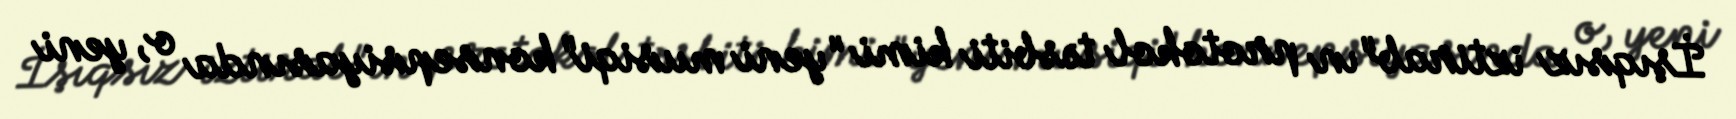
İşıqsız iztirab"ın protokol təsbiti kimi "yeni musiqi" konsepsiyasında o, yeni